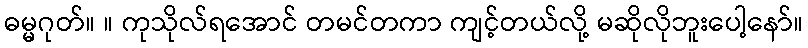
ဓမ္မဂုတ်။ ။ ကုသိုလ်ရအောင် တမင်တကာ ကျင့်တယ်လို့ မဆိုလိုဘူးပေါ့နော်။